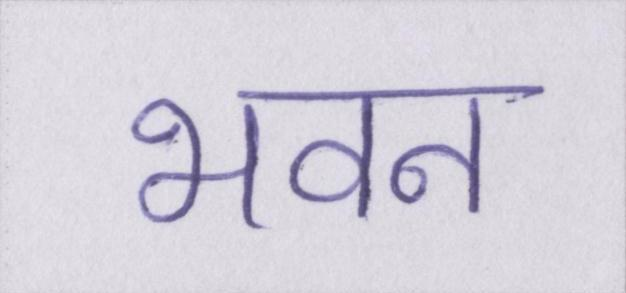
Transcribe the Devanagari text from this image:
भवन